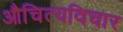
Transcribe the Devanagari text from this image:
औचित्यविचार